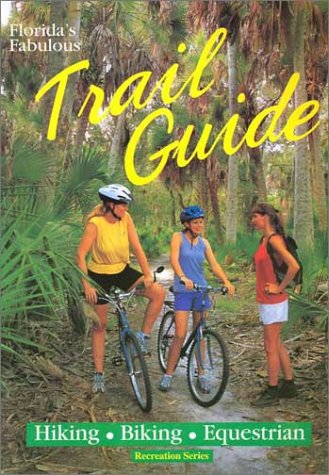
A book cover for Florida's Fabulous Trail Guide (Recreation Series); Tim Ohr; Travel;